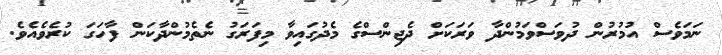
ނަމަވެސް އުމުރުން ދުވަސްވަމުންދާ ވަރަކަށް ދެޖިންސްގެ މެދުގައިވާ މިފަރަގު ނެތެމުންދާކަން ފާހަގަ ކުރެވެއެވެ.